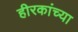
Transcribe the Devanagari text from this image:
हीरकांच्या